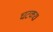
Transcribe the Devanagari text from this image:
घटकर।